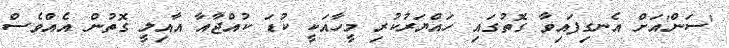
'ސަން'އަށް އެނގިފައިވާ ގޮތުގައި ހައްޔަރުކުރި މީހާއަކީ ކުޑަ ކުއްޖާއާ އާއިލީ ގޮތުން އެއްވެސް